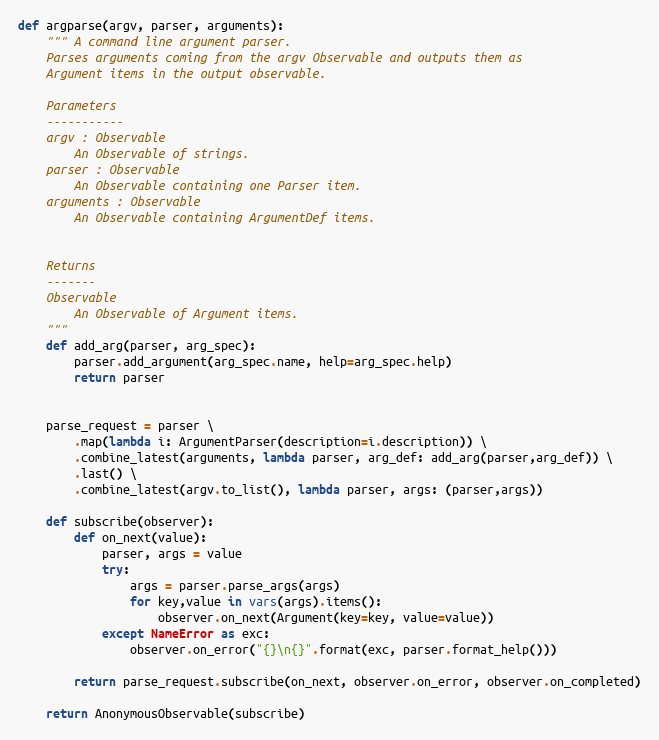
Language: Python
def argparse(argv, parser, arguments):
    """ A command line argument parser.
    Parses arguments coming from the argv Observable and outputs them as
    Argument items in the output observable.

    Parameters
    -----------
    argv : Observable
        An Observable of strings.
    parser : Observable
        An Observable containing one Parser item.
    arguments : Observable
        An Observable containing ArgumentDef items.

    Returns
    -------
    Observable
        An Observable of Argument items.
    """
    def add_arg(parser, arg_spec):
        parser.add_argument(arg_spec.name, help=arg_spec.help)
        return parser

    parse_request = parser \
        .map(lambda i: ArgumentParser(description=i.description)) \
        .combine_latest(arguments, lambda parser, arg_def: add_arg(parser,arg_def)) \
        .last() \
        .combine_latest(argv.to_list(), lambda parser, args: (parser,args))

    def subscribe(observer):
        def on_next(value):
            parser, args = value
            try:
                args = parser.parse_args(args)
                for key,value in vars(args).items():
                    observer.on_next(Argument(key=key, value=value))
            except NameError as exc:
                observer.on_error("{}\n{}".format(exc, parser.format_help()))

        return parse_request.subscribe(on_next, observer.on_error, observer.on_completed)

    return AnonymousObservable(subscribe)